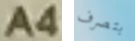
A4 بتصرف